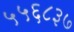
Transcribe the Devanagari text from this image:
५५६८३७